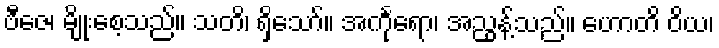
ဗီဇေ၊ မျိုးစေ့သည်။ သတိ၊ ရှိသော်။ အင်္ကုရော၊ အညွန့်သည်။ ဟောတိ ဝိယ၊